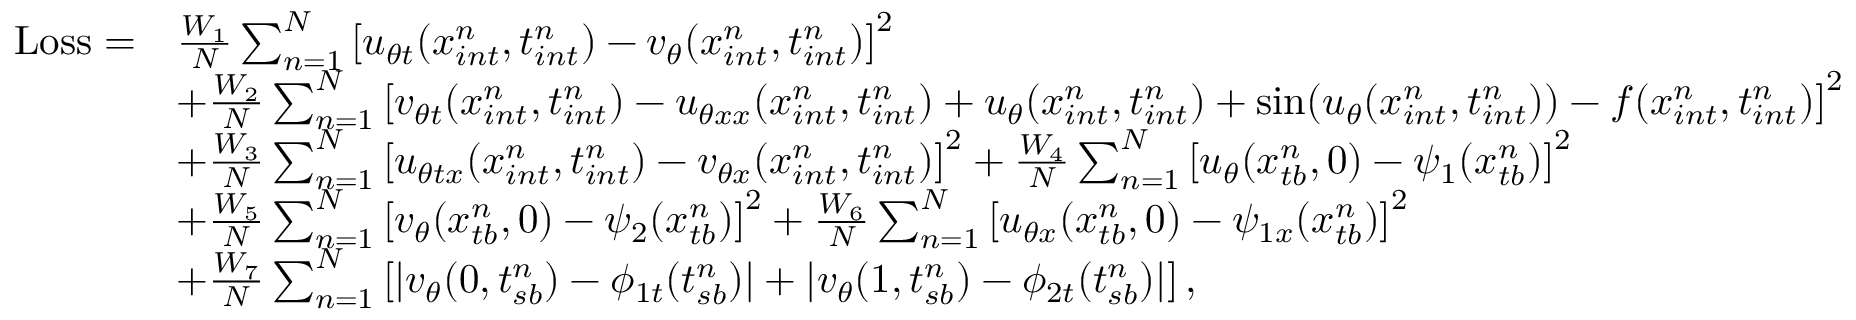
\begin{array} { r l } { \mathrm { L o s s } = } & { \frac { W _ { 1 } } { N } \sum _ { n = 1 } ^ { N } \left[ u _ { \theta t } ( x _ { i n t } ^ { n } , t _ { i n t } ^ { n } ) - v _ { \theta } ( x _ { i n t } ^ { n } , t _ { i n t } ^ { n } ) \right] ^ { 2 } } \\ & { + \frac { W _ { 2 } } { N } \sum _ { n = 1 } ^ { N } \left[ v _ { \theta t } ( x _ { i n t } ^ { n } , t _ { i n t } ^ { n } ) - u _ { \theta x x } ( x _ { i n t } ^ { n } , t _ { i n t } ^ { n } ) + u _ { \theta } ( x _ { i n t } ^ { n } , t _ { i n t } ^ { n } ) + \sin ( u _ { \theta } ( x _ { i n t } ^ { n } , t _ { i n t } ^ { n } ) ) - f ( x _ { i n t } ^ { n } , t _ { i n t } ^ { n } ) \right] ^ { 2 } } \\ & { + \frac { W _ { 3 } } { N } \sum _ { n = 1 } ^ { N } \left[ u _ { \theta t x } ( x _ { i n t } ^ { n } , t _ { i n t } ^ { n } ) - v _ { \theta x } ( x _ { i n t } ^ { n } , t _ { i n t } ^ { n } ) \right] ^ { 2 } + \frac { W _ { 4 } } { N } \sum _ { n = 1 } ^ { N } \left[ u _ { \theta } ( x _ { t b } ^ { n } , 0 ) - \psi _ { 1 } ( x _ { t b } ^ { n } ) \right] ^ { 2 } } \\ & { + \frac { W _ { 5 } } { N } \sum _ { n = 1 } ^ { N } \left[ v _ { \theta } ( x _ { t b } ^ { n } , 0 ) - \psi _ { 2 } ( x _ { t b } ^ { n } ) \right] ^ { 2 } + \frac { W _ { 6 } } { N } \sum _ { n = 1 } ^ { N } \left[ u _ { \theta x } ( x _ { t b } ^ { n } , 0 ) - \psi _ { 1 x } ( x _ { t b } ^ { n } ) \right] ^ { 2 } } \\ & { + \frac { W _ { 7 } } { N } \sum _ { n = 1 } ^ { N } \left[ | v _ { \theta } ( 0 , t _ { s b } ^ { n } ) - \phi _ { 1 t } ( { t _ { s b } ^ { n } } ) | + | v _ { \theta } ( 1 , t _ { s b } ^ { n } ) - \phi _ { 2 t } ( { t _ { s b } ^ { n } } ) | \right] , } \end{array}